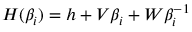
H ( \beta _ { i } ) = h + V \beta _ { i } + W \beta _ { i } ^ { - 1 }